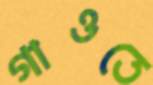
গাওতে